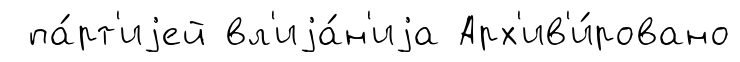
па́рт'иjей вл'иjа́н'иjа Арх'ив'и́ровано